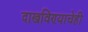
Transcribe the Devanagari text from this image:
दाखविण्याचेही